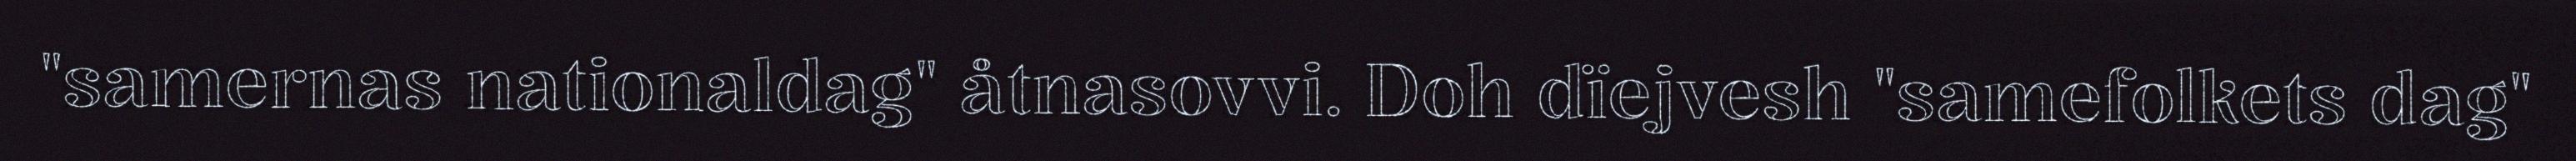
"samernas nationaldag" åtnasovvi. Doh dïejvesh "samefolkets dag"